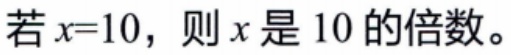
若\(x = 10\)，则\(x\)是\(10\)的倍数。